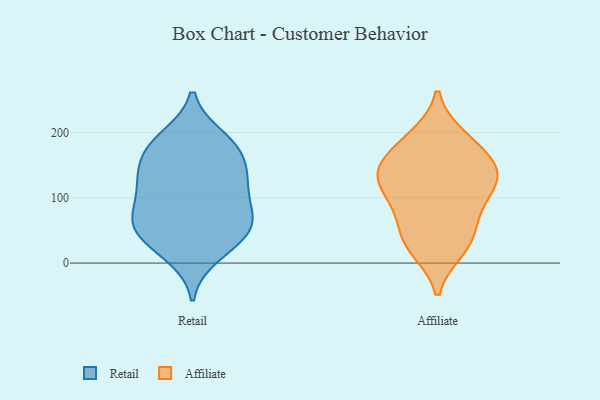
{"axis": {"x": "LTV (USD)", "y": "Value"}, "legend": ["Affiliate", "Retail"], "data": [{"x": "", "y": 172, "type": "Retail"}, {"x": "", "y": 85, "type": "Retail"}, {"x": "", "y": 11, "type": "Retail"}, {"x": "", "y": 39, "type": "Retail"}, {"x": "", "y": 136, "type": "Retail"}, {"x": "", "y": 138, "type": "Retail"}, {"x": "", "y": 62, "type": "Retail"}, {"x": "", "y": 161, "type": "Retail"}, {"x": "", "y": 174, "type": "Retail"}, {"x": "", "y": 117, "type": "Retail"}, {"x": "", "y": 110, "type": "Retail"}, {"x": "", "y": 193, "type": "Retail"}, {"x": "", "y": 121, "type": "Retail"}, {"x": "", "y": 23, "type": "Retail"}, {"x": "", "y": 192, "type": "Retail"}, {"x": "", "y": 59, "type": "Retail"}, {"x": "", "y": 61, "type": "Retail"}, {"x": "", "y": 71, "type": "Retail"}, {"x": "", "y": 50, "type": "Retail"}, {"x": "", "y": 132, "type": "Affiliate"}, {"x": "", "y": 96, "type": "Affiliate"}, {"x": "", "y": 65, "type": "Affiliate"}, {"x": "", "y": 190, "type": "Affiliate"}, {"x": "", "y": 125, "type": "Affiliate"}, {"x": "", "y": 152, "type": "Affiliate"}, {"x": "", "y": 121, "type": "Affiliate"}, {"x": "", "y": 34, "type": "Affiliate"}, {"x": "", "y": 21, "type": "Affiliate"}, {"x": "", "y": 193, "type": "Affiliate"}, {"x": "", "y": 150, "type": "Affiliate"}, {"x": "", "y": 164, "type": "Affiliate"}, {"x": "", "y": 125, "type": "Affiliate"}, {"x": "", "y": 27, "type": "Affiliate"}, {"x": "", "y": 74, "type": "Affiliate"}]}